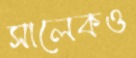
সালেকও